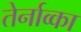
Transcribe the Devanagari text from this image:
तेर्नाव्का